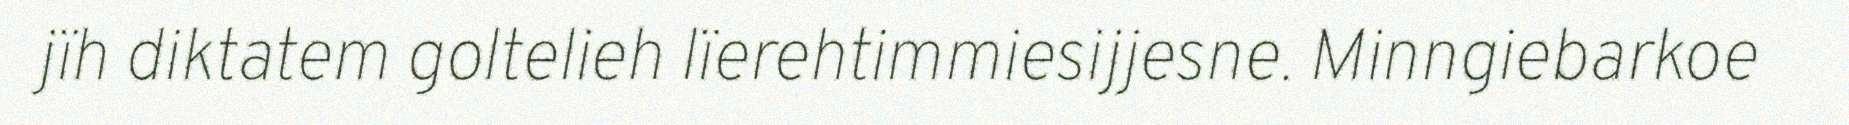
jïh diktatem goltelieh lïerehtimmiesijjesne. Minngiebarkoe